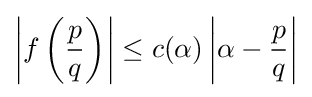
\left|f\left({\frac {p}{q}}\right)\right|\leq c(\alpha )\left|\alpha -{\frac {p}{q}}\right|